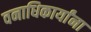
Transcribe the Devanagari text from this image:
वनाधिकार्यांना